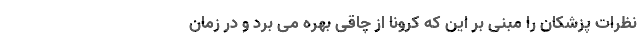
نظرات پزشکان را مبنی بر این که کرونا از چاقی بهره می برد و در زمان